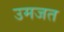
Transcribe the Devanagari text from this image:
उमजत